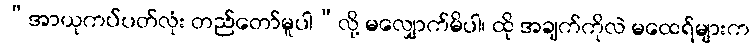
“အာယုကပ်ပတ်လုံး တည်တော်မူပါ”လို့ မလျှောက်မိပါ၊ ထို အချက်ကိုလဲ မထေရ်များက